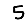
Digit: 5